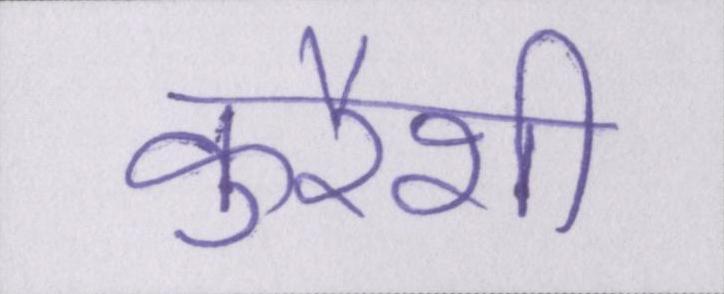
कुरैशी